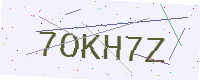
Text: 7OKH7Z